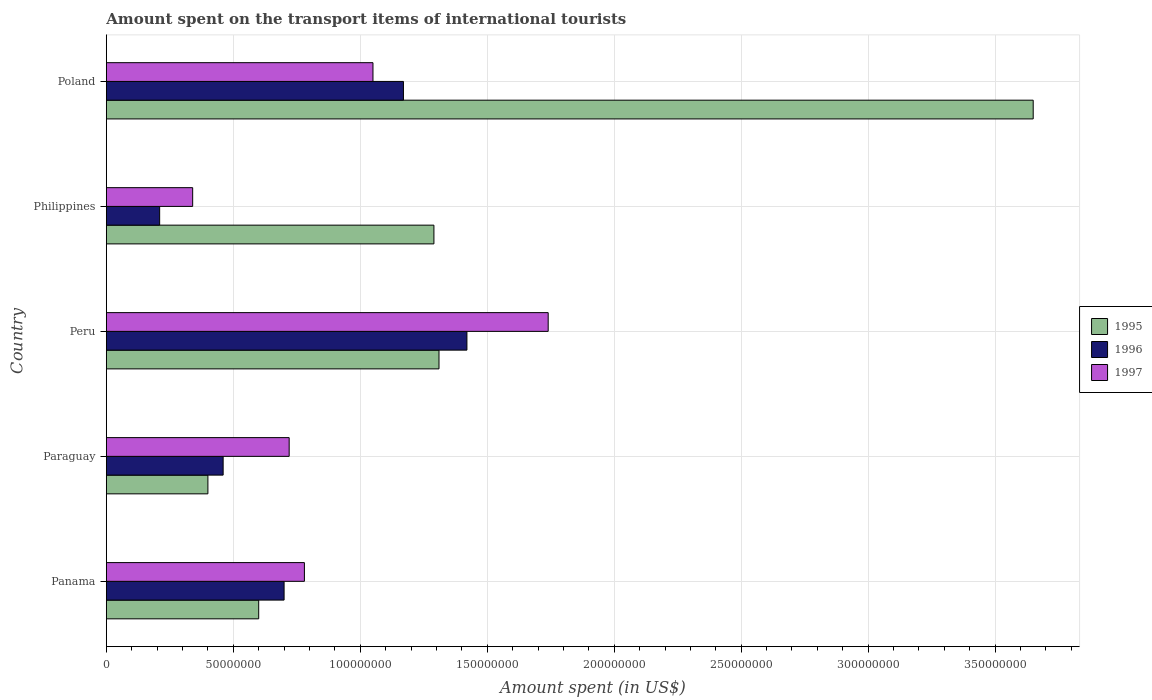
| Country | 1995 | 1996 | 1997 |
 | --- | --- | --- | --- |
 | Panama | 6e+07 | 7e+07 | 7.8e+07 |
 | Paraguay | 4e+07 | 4.6e+07 | 7.2e+07 |
 | Peru | 1.31e+08 | 1.42e+08 | 1.74e+08 |
 | Philippines | 1.29e+08 | 2.1e+07 | 3.4e+07 |
 | Poland | 3.65e+08 | 1.17e+08 | 1.05e+08 |